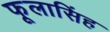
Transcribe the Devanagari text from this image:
फूलासिंह